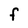
Character: F